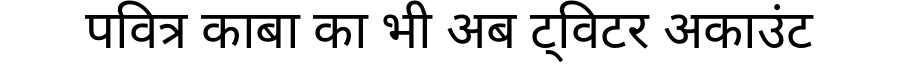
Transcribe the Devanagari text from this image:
पवित्र काबा का भी अब ट्विटर अकाउंट